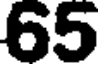
65